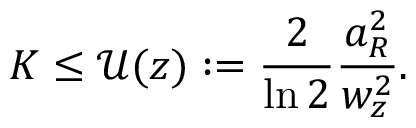
K \leq \mathcal { U } ( z ) : = \frac { 2 } { \ln 2 } \frac { a _ { R } ^ { 2 } } { w _ { z } ^ { 2 } } .